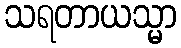
သရတာယသ္မာ